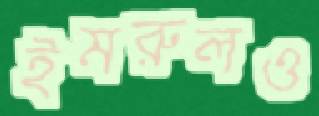
ইমরুলও